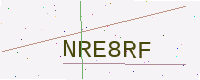
Text: NRE8RF